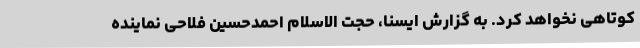
کوتاهی نخواهد کرد. به گزارش ایسنا، حجت الاسلام احمدحسین فلاحی نماینده